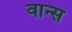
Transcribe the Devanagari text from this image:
वान्स